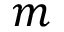
m